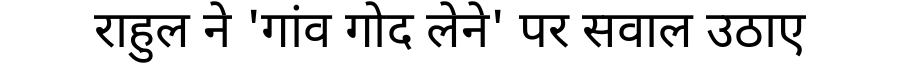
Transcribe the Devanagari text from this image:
राहुल ने 'गांव गोद लेने' पर सवाल उठाए